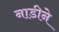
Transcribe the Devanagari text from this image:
नाडीने